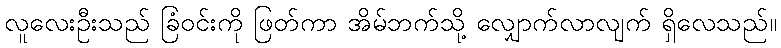
လူလေးဦးသည် ခြံဝင်းကို ဖြတ်ကာ အိမ်ဘက်သို့ လျှောက်လာလျက် ရှိလေသည်။